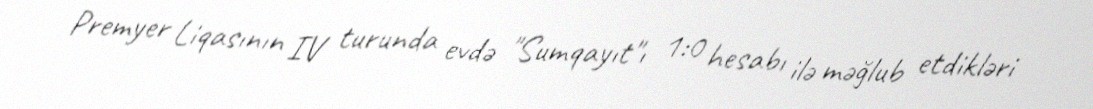
Premyer Liqasının IV turunda evdə "Sumqayıt"ı 1:0 hesabı ilə məğlub etdikləri